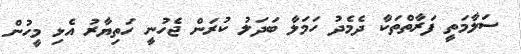
ސަލާމަތީ ފަރާތްތަކާ ދެމެދު ހަމަލާ ބަދަލު ކުރަން ޖެހުނީ ހަތިޔާރު އެޅި މީހުން